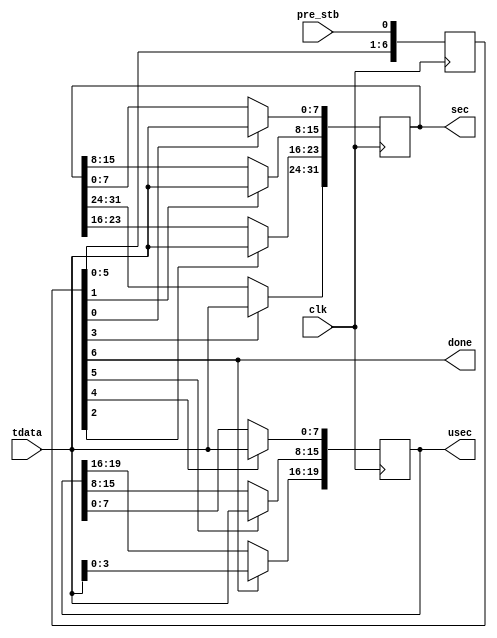
/*!
 * <b>Module:</b>timestamp_to_parallel
 * @file timestamp_to_parallel.v
 * @date 2015-07-04  
 * @author Andrey Filippov     
 *
 * @brief convert byte-parallel timestamp message to parallel sec, usec
 * compatible to the x353 code (for NC353 camera)
 *
 * @copyright Copyright (c) 2015 Elphel, Inc.
 *
 * <b>License:</b>
 *
 * timestamp_to_parallel.v is free software; you can redistribute it and/or modify
 * it under the terms of the GNU General Public License as published by
 * the Free Software Foundation, either version 3 of the License, or
 * (at your option) any later version.
 *
 *  timestamp_to_parallel.v is distributed in the hope that it will be useful,
 * but WITHOUT ANY WARRANTY; without even the implied warranty of
 * MERCHANTABILITY or FITNESS FOR A PARTICULAR PURPOSE.  See the
 * GNU General Public License for more details.
 *
 * You should have received a copy of the GNU General Public License
 * along with this program.  If not, see <http://www.gnu.org/licenses/> .
 *
 * Additional permission under GNU GPL version 3 section 7:
 * If you modify this Program, or any covered work, by linking or combining it
 * with independent modules provided by the FPGA vendor only (this permission
 * does not extend to any 3-rd party modules, "soft cores" or macros) under
 * different license terms solely for the purpose of generating binary "bitstream"
 * files and/or simulating the code, the copyright holders of this Program give
 * you the right to distribute the covered work without those independent modules
 * as long as the source code for them is available from the FPGA vendor free of
 * charge, and there is no dependence on any encrypted modules for simulating of
 * the combined code. This permission applies to you if the distributed code
 * contains all the components and scripts required to completely simulate it
 * with at least one of the Free Software programs.
 */
`timescale 1ns/1ps

module  timestamp_to_parallel(
    input                clk, // clock that drives time counters
    input                pre_stb, // just before receiving sequence of 7 bytes
    input          [7:0] tdata,   // byte-parallel timestamp data
    output reg    [31:0] sec,     // time seconds
    output reg    [19:0] usec,    // time microseconds
    output               done     // got serial timetamp message, output is valid (1-cycle pulse)
);
    reg [6:0] seq;
    assign done = seq[6];
    always @ (posedge clk) begin
        seq <= {seq[5:0],pre_stb};
        if (seq[0])  sec[ 7: 0] <= tdata;
        if (seq[1])  sec[15: 8] <= tdata;
        if (seq[2])  sec[23:16] <= tdata;
        if (seq[3])  sec[31:24] <= tdata;
        if (seq[4]) usec[ 7: 0] <= tdata;
        if (seq[5]) usec[15: 8] <= tdata;
        if (seq[6]) usec[19:16] <= tdata[3:0];
    end
endmodule